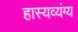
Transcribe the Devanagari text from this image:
हास्यव्यंग्य